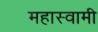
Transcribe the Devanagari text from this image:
महास्वामी